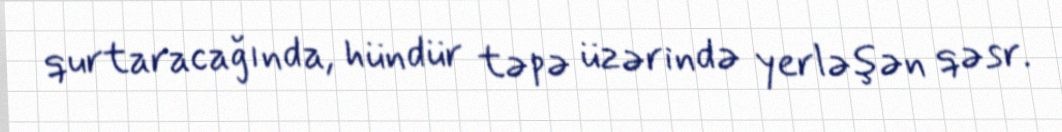
qurtaracağında, hündür təpə üzərində yerləşən qəsr.